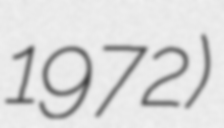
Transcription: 1972)